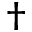
\dagger